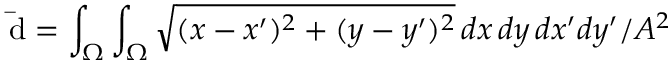
\mathrm { \bar { d } } = \int _ { \Omega } \int _ { \Omega } \sqrt { ( x - x ^ { \prime } ) ^ { 2 } + ( y - y ^ { \prime } ) ^ { 2 } } \, d x \, d y \, d x ^ { \prime } d y ^ { \prime } / A ^ { 2 }